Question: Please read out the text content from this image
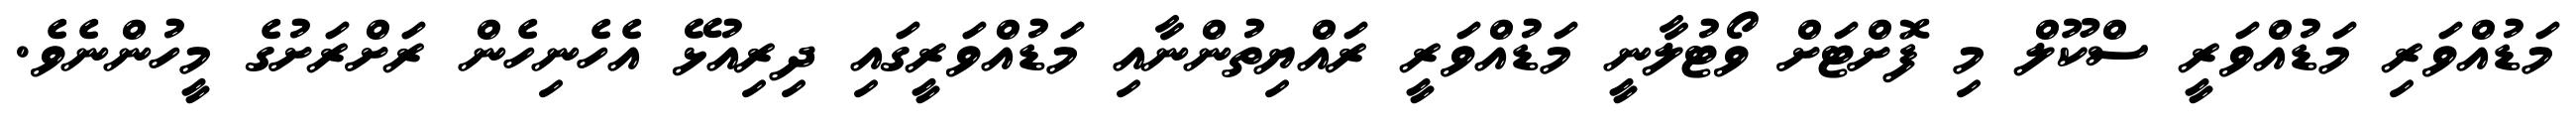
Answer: މަޑުއްވަރި މަޑުއްވަރީ ސްކޫލް މި ފޮށްޓަށް ވޯޓުލާނީ މަޑުއްވަރީ ރައްޔިތުންނާއި މަޑުއްވަރީގައި ދިރިއުޅޭ އެހެނިހެން ރަށްރަށުގެ މީހުންނެވެ.